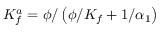
K _ { f } ^ { a } = \phi / \left( \phi / K _ { f } + 1 / \alpha _ { 1 } \right)